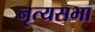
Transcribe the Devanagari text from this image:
नृत्यसभा